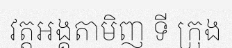
វត្តអង្គតាមិញ ទី ក្រុង